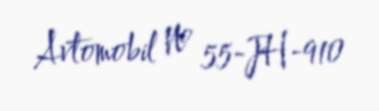
Avtomobil № 55-JH-910